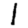
Digit: 1